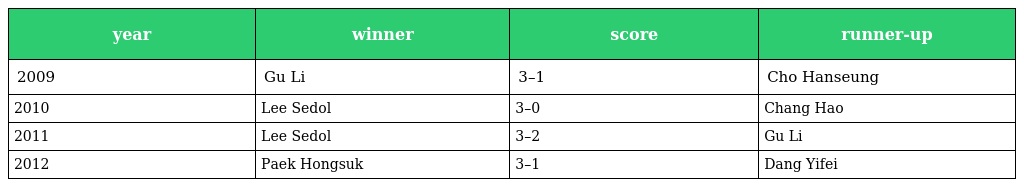
| year | winner | score | runner-up |
 | --- | --- | --- | --- |
 | 2009 | Gu Li | 3–1 | Cho Hanseung |
 | 2010 | Lee Sedol | 3–0 | Chang Hao |
 | 2011 | Lee Sedol | 3–2 | Gu Li |
 | 2012 | Paek Hongsuk | 3–1 | Dang Yifei |